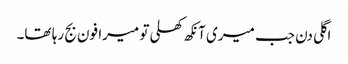
اگلی دن جب میری آنکھ کھلی تو میرا فون بج رہا تھا۔